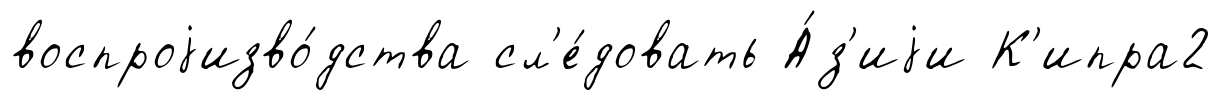
воспроjизво́дства сл'е́довать А́з'иjи К'ипра2